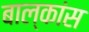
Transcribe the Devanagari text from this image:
बाल्कांस